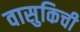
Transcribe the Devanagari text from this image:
वासुकिची